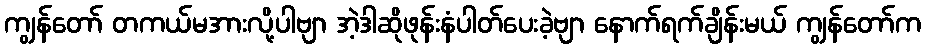
ကျွန်တော် တကယ်မအားလို့ပါဗျာ အဲ့ဒါဆိုဖုန်းနံပါတ်ပေးခဲ့ဗျာ နောက်ရက်ချိန်းမယ် ကျွန်တော်က